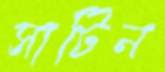
সাটিন